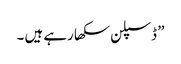
” ڈسپلن سکھا رہے ہیں ۔